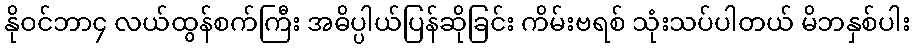
နိုဝင်ဘာ၄ လယ်ထွန်စက်ကြီး အဓိပ္ပါယ်ပြန်ဆိုခြင်း ကိမ်းဗရစ် သုံးသပ်ပါတယ် မိဘနှစ်ပါး